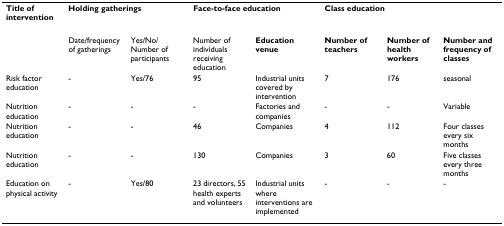
<table><thead><tr><td><b>Title of intervention</b></td><td colspan="2"><b>Holding gatherings</b></td><td colspan="2"><b>Face-to-face education</b></td><td colspan="3"><b>Class education</b></td></tr></thead><tbody><tr><td>[EMPTY_CELL]</td><td>Date/frequency of gatherings</td><td>Yes/No/Number of participants</td><td>Number of individuals receiving education</td><td><b>Education venue</b></td><td><b>Number of teachers</b></td><td><b>Number of health workers</b></td><td><b>Number and frequency of classes</b></td></tr><tr><td>Risk factor education</td><td>-</td><td>Yes/76</td><td>95</td><td>Industrial units covered by intervention</td><td>7</td><td>176</td><td>seasonal</td></tr><tr><td>Nutrition education</td><td>-</td><td>-</td><td>-</td><td>Factories and companies</td><td>-</td><td>-</td><td>Variable</td></tr><tr><td>Nutrition education</td><td>-</td><td>-</td><td>46</td><td>Companies</td><td>4</td><td>112</td><td>Four classes every six months</td></tr><tr><td>Nutrition education</td><td>-</td><td>-</td><td>130</td><td>Companies</td><td>3</td><td>60</td><td>Five classes every three months</td></tr><tr><td>Education on physical activity</td><td>-</td><td>Yes/80</td><td>23 directors, 55 health experts and volunteers</td><td>Industrial units where interventions are implemented</td><td>-</td><td>-</td><td>-</td></tr></tbody></table>